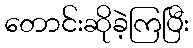
တောင်းဆိုခဲ့ကြပြီး